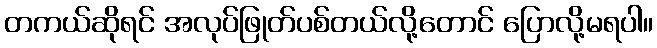
တကယ်ဆိုရင် အလုပ်ဖြုတ်ပစ်တယ်လို့တောင် ပြောလို့မရပါ။